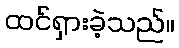
ထင်ရှားခဲ့သည်။